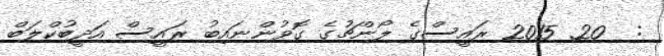
:  20